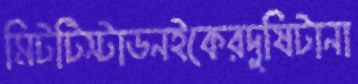
মিটটিস্টাডনইকেরদুষিটানা